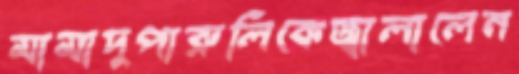
মামাদুপারুলিকেজ্বালালেন